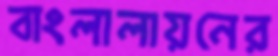
বাংলালায়নের